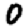
Digit: 0